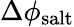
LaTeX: \Delta\phi_{\mathrm{salt}}